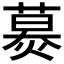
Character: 𦹪